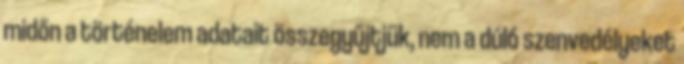
midőn a történelem adatait összegyűjtjük, nem a dúló szenvedélyeket